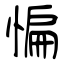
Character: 惼